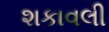
શકાવલી